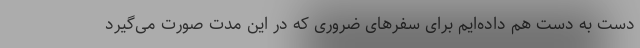
دست به دست هم داده‌ایم برای سفرهای ضروری که در این مدت صورت می‌گیرد